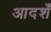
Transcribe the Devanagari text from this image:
आदर्शें